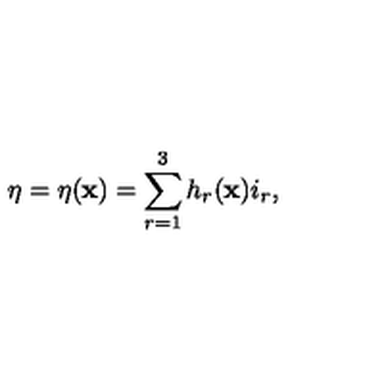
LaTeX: \eta = \eta ( { \bf x } ) = \sum _ { r = 1 } ^ { 3 } h _ { r } ( { \bf x } ) i _ { r } ,